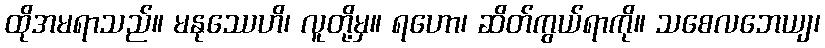
ထိုအမရာသည်။ မနုဿေဟိ၊ လူတို့မှ။ ရဟော၊ ဆိတ်ကွယ်ရာကို။ သစေလဘေယျ၊